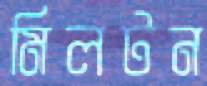
মিলটন